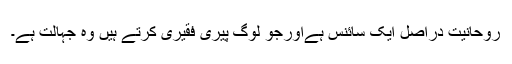
روحانیت دراصل ایک سائنس ہےاورجو لوگ پیری فقیری کرتے ہیں وہ جہالت ہے۔